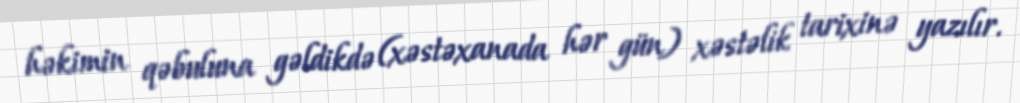
həkimin qəbuluna gəldikdə (xəstəxanada hər gün) xəstəlik tarixinə yazılır.